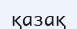
қазақ